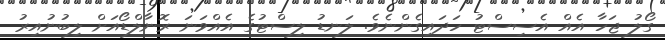
ގޯލު ޖަހާ އެއް އެސިސްޓު ހަދައިގެންނެވެ. ލަނޑު ލިސްޓުގެ އެއްވަނަ ރޮނާލްޑޯއަށް ލިބުނުއިރު